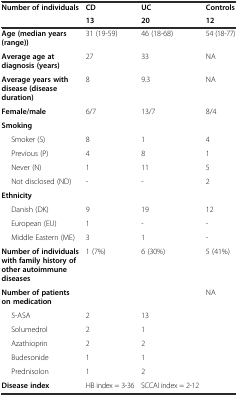
| <ROWSPAN=2> Number of individuals | CD | UC | Controls |
 | 13 | 20 | 12 |
 | --- | --- | --- | --- |
 | Age (median years (range)) | 31 (19-59) | 46 (18-68) | 54 (18-77) |
 | Average age at diagnosis (years) | 27 | 33 | NA |
 | Average years with disease (disease duration) | 8 | 9.3 | NA |
 | Female/male | 6/7 | 13/7 | 8/4 |
 | Smoking |  |  |  |
 | Smoker (S) | 8 | 1 | 4 |
 | Previous (P) | 4 | 8 | 1 |
 | Never (N) | 1 | 11 | 5 |
 | Not disclosed (ND) | - | - | 2 |
 | Ethnicity |  |  |  |
 | Danish (DK) | 9 | 19 | 12 |
 | European (EU) | 1 | - | - |
 | Middle Eastern (ME) | 3 | 1 | - |
 | Number of individuals with family history of other autoimmune diseases | 1 (7%) | 6 (30%) | 5 (41%) |
 | Number of patients on medication |  |  | NA |
 | 5-ASA | 2 | 13 |  |
 | Solumedrol | 2 | 1 |  |
 | Azathioprin | 2 | 2 |  |
 | Budesonide | 1 | 1 |  |
 | Prednisolon | 1 | 2 |  |
 | Disease index | HB index = 3-36 | SCCAI index = 2-12 |  |